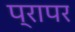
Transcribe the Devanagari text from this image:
प्रापर